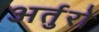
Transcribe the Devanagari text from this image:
अर्तुरो